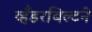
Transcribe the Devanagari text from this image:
व्हँडरबिल्टने